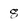
Character: 8